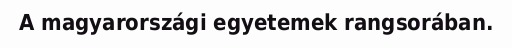
A magyarországi egyetemek rangsorában.